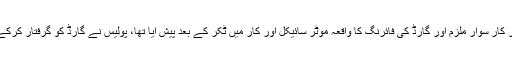
تفصیلات کے مطابق کراچی کے علاقے نیپا پل پر کار سوار ملزم اور گارڈ کی فائرنگ کا واقعہ موٹر سائیکل اور کار میں ٹکر کے بعد پیش آیا تھا، پولیس نے گارڈ کو گرفتار کرکے زخمی نوجوان کی مدعیت میں مقدمہ درج کرلیا۔